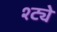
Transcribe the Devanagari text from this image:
श्ट्ये